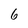
Character: 6